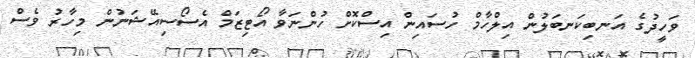
ވަހީދުގެ އަނބިކަނބަލުން އިލްހާމް ހުސައިން އިސްކޮށް ހުންނަވާ އޯޓިޒަމް އެސޯސިއޭޝަނުން މިހާރު ވެސް